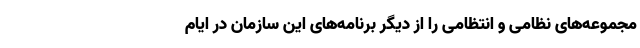
مجموعه‌های نظامی و انتظامی را از دیگر برنامه‌های این سازمان در ایام